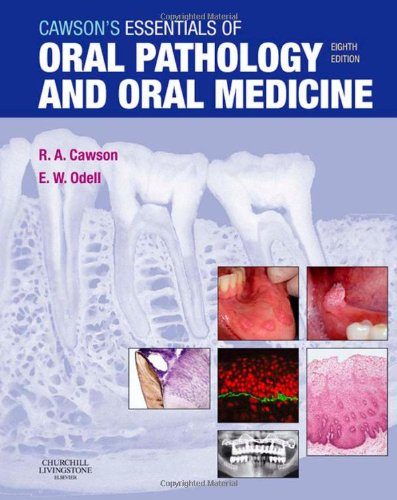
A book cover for Cawson's Essentials of Oral Pathology and Oral Medicine, 8e; Roderick A. Cawson MD  FDSRCS  FDSRCPS(Glas)  FRCPath  FAAOMP; Medical Books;